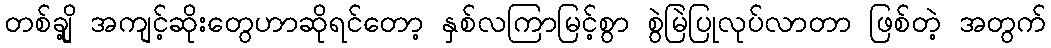
တစ်ချို့ အကျင့်ဆိုးတွေဟာဆိုရင်တော့ နှစ်လကြာမြင့်စွာ စွဲမြဲပြုလုပ်လာတာ ဖြစ်တဲ့ အတွက်